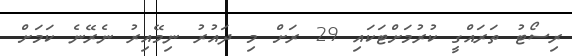
ރިސޯޓު ތަރައްގީ ކުރުމަށްޓަކައި 29 ރަށް މި ދައުރު ނިމޭއިރު ނެރޭނެ ކަމަށް